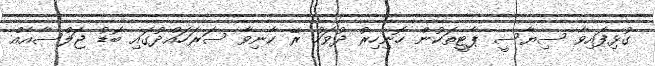
ގުޅިފައިވާ ސިޔާސީ ޕާޓީތަކުން ހޮނިހިރު ދުވަހު ރޭ ކާނިވާ ސަރަހައްދުގައި ބޮޑު ޖަލްސާއެއް